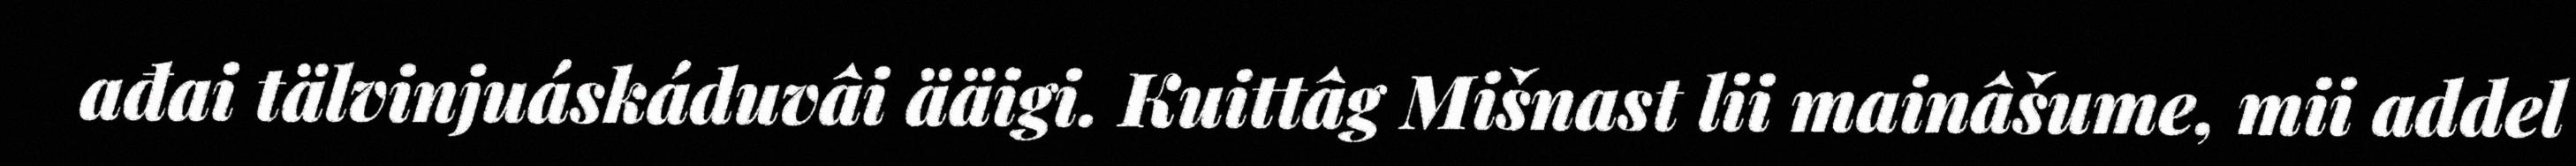
ađai tälvinjuáskáduvâi ääigi. Kuittâg Mišnast lii mainâšume, mii addel